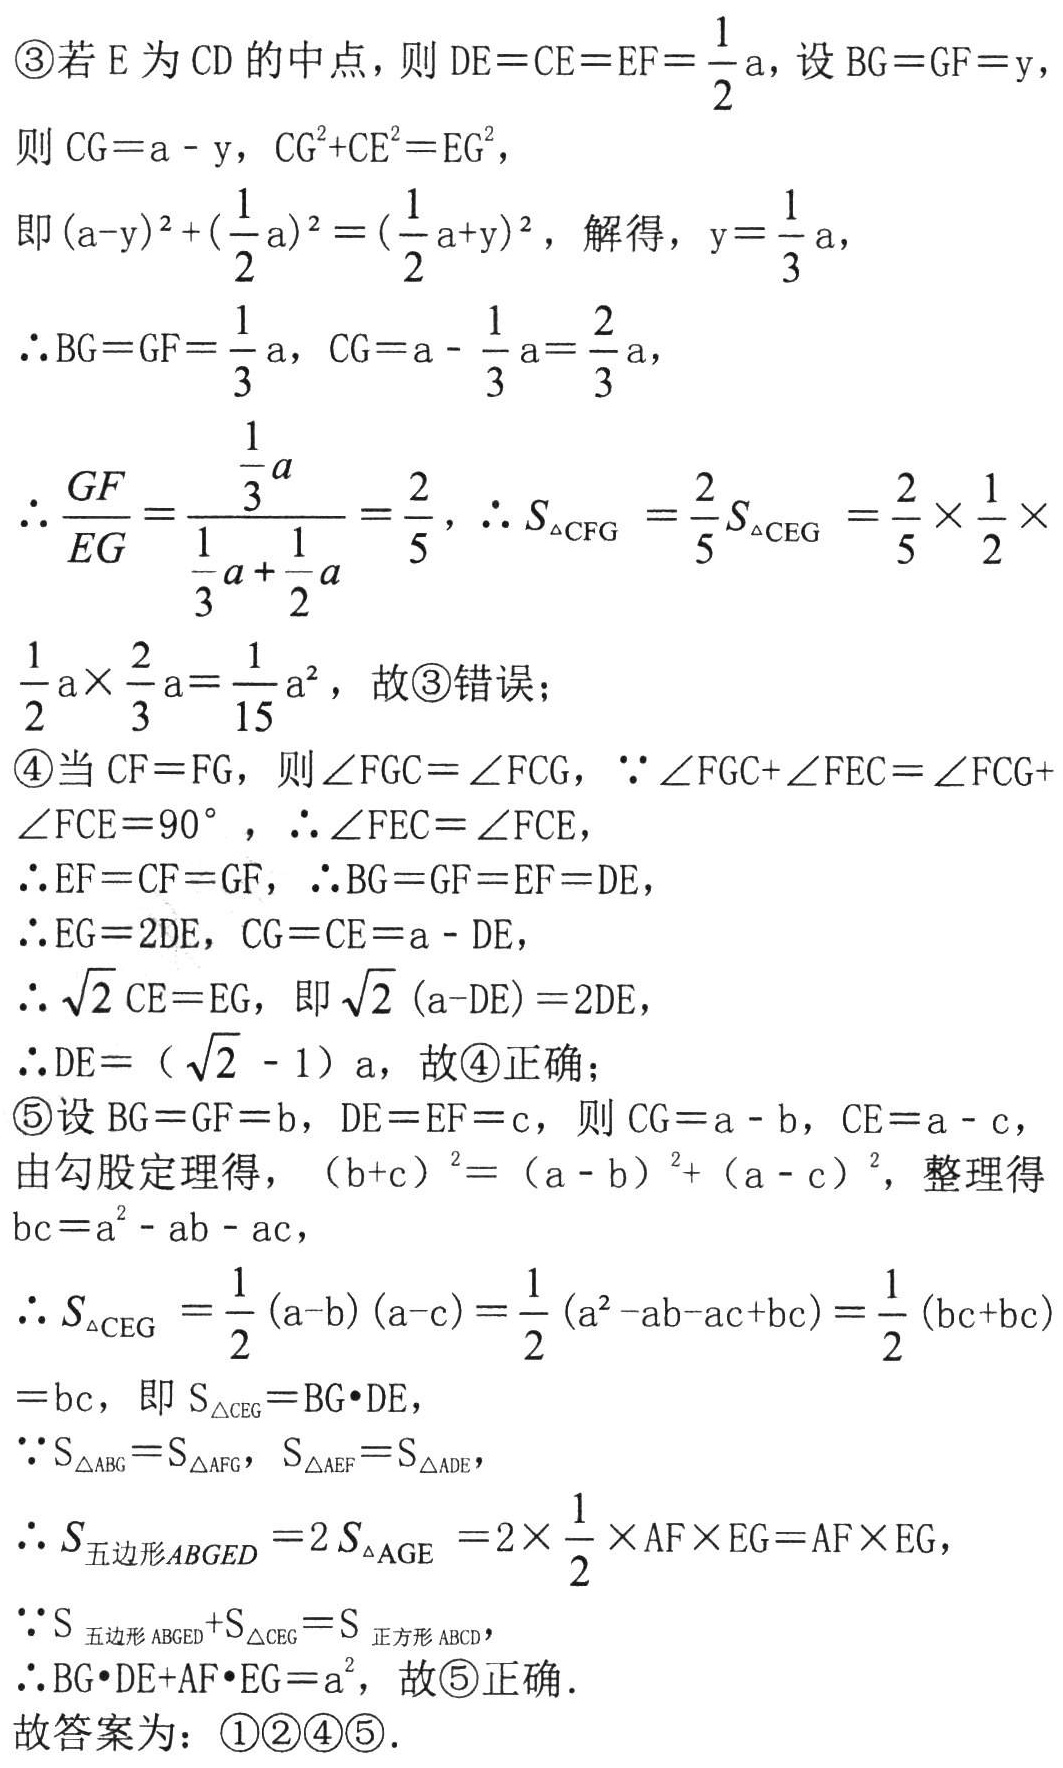
\textcircled{3}若 \(E\) 为 \(CD\) 的中点，则 \(DE = CE = EF=\frac{1}{2}a\)，设 \(BG = GF = y\)，

则 \(CG = a - y\)，\(CG^{2}+CE^{2}=EG^{2}\)，

即 \((a - y)^{2}+(\frac{1}{2}a)^{2}=(\frac{1}{2}a + y)^{2}\)，解得，\(y=\frac{1}{3}a\)，

\(\therefore BG = GF=\frac{1}{3}a\)，\(CG = a-\frac{1}{3}a=\frac{2}{3}a\)，

\(\therefore \frac{GF}{EG}=\frac{\frac{1}{3}a}{\frac{1}{3}a+\frac{1}{2}a}=\frac{2}{5}\)，\(\therefore S_{\triangle CFG}=\frac{2}{5}S_{\triangle CEG}=\frac{2}{5}\times\frac{1}{2}\times\)

\(\frac{1}{2}a\times\frac{2}{3}a=\frac{1}{15}a^{2}\)，故\textcircled{3}错误；

\textcircled{4}当 \(CF = FG\)，则 \(\angle FGC=\angle FCG\)，\(\because\angle FGC+\angle FEC=\angle FCG+\)

\(\angle FCE = 90^{\circ}\)，\(\therefore\angle FEC=\angle FCE\)，

\(\therefore EF = CF = GF\)，\(\therefore BG = GF = EF = DE\)，

\(\therefore EG = 2DE\)，\(CG = CE = a - DE\)，

\(\therefore\sqrt{2}CE = EG\)，即 \(\sqrt{2}(a - DE)=2DE\)，

\(\therefore DE = (\sqrt{2}-1)a\)，故\textcircled{4}正确；

\textcircled{5}设 \(BG = GF = b\)，\(DE = EF = c\)，则 \(CG = a - b\)，\(CE = a - c\)，

由勾股定理得，\((b + c)^{2}=(a - b)^{2}+(a - c)^{2}\)，整理得 \(bc=a^{2}-ab - ac\)，

\(\therefore S_{\triangle CEG}=\frac{1}{2}(a - b)(a - c)=\frac{1}{2}(a^{2}-ab - ac+bc)=\frac{1}{2}(bc + bc)\)

\(=bc\)，即 \(S_{\triangle CEG}=BG\cdot DE\)，

\(\because S_{\triangle ABG}=S_{\triangle AFG}\)，\(S_{\triangle AEF}=S_{\triangle ADE}\)，

\(\therefore S_{五边形ABGED}=2S_{\triangle AGE}=2\times\frac{1}{2}\times AF\times EG=AF\times EG\)，

\(\because S_{五边形ABGED}+S_{\triangle CEG}=S_{正方形ABCD}\)，

\(\therefore BG\cdot DE+AF\cdot EG=a^{2}\)，故\textcircled{5}正确．

故答案为：\textcircled{1}\textcircled{2}\textcircled{4}\textcircled{5}．